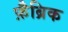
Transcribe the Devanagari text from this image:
फ़ैब्रिक